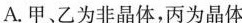
A.甲、乙为非晶体，丙为晶体